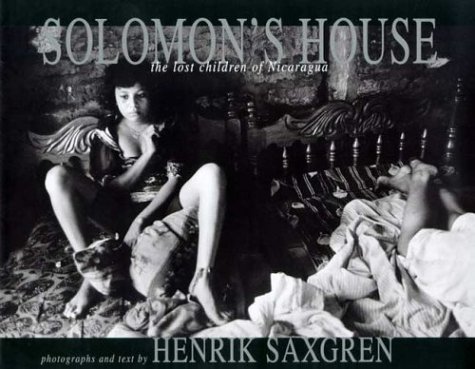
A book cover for Solomon's House: The Lost Children of Nicaragua; Henrik Saxgren; Travel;